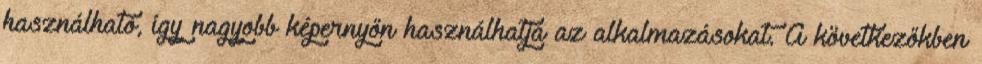
használható, így nagyobb képernyőn használhatja az alkalmazásokat. A következőkben